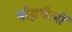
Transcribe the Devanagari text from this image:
बौद्धचैत्यों